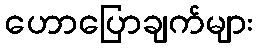
ဟောပြောချက်များ